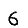
Digit: 6